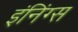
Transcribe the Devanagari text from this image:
इंनिंग्स